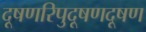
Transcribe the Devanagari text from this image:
दूषणरिपुदूषणदूषण